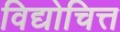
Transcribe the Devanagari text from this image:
विद्योचित्त